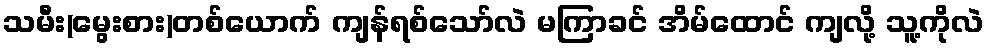
သမီး(မွေးစား)တစ်ယောက် ကျန်ရစ်သော်လဲ မကြာခင် အိမ်ထောင် ကျလို့ သူ့ကိုလဲ